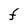
Character: F